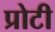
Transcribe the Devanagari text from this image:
प्रोटी